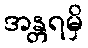
အန္တရမှိ